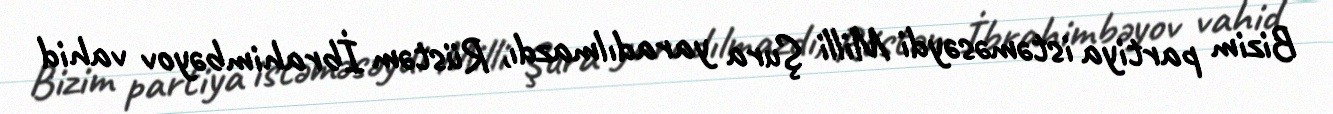
Bizim partiya istəməsəydi Milli Şura yaradılmazdı, Rüstəm İbrahimbəyov vahid